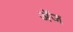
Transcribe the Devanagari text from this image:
अॅज